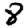
Digit: 8